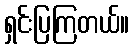
ရှင်းပြကြတယ်။